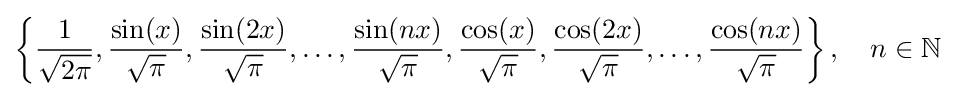
\left\{{\frac {1}{\sqrt {2\pi }}},{\frac {\sin(x)}{\sqrt {\pi }}},{\frac {\sin(2x)}{\sqrt {\pi }}},\ldots ,{\frac {\sin(nx)}{\sqrt {\pi }}},{\frac {\cos(x)}{\sqrt {\pi }}},{\frac {\cos(2x)}{\sqrt {\pi }}},\ldots ,{\frac {\cos(nx)}{\sqrt {\pi }}}\right\},\quad n\in \mathbb {N}